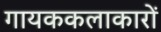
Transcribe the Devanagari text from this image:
गायककलाकारों